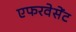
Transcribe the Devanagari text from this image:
एफरवेसेंट